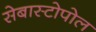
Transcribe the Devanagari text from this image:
सेबास्टोपोल